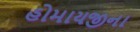
હોમાયજીના